Calcutta medical institutions reports 1871-78
Year: 1871
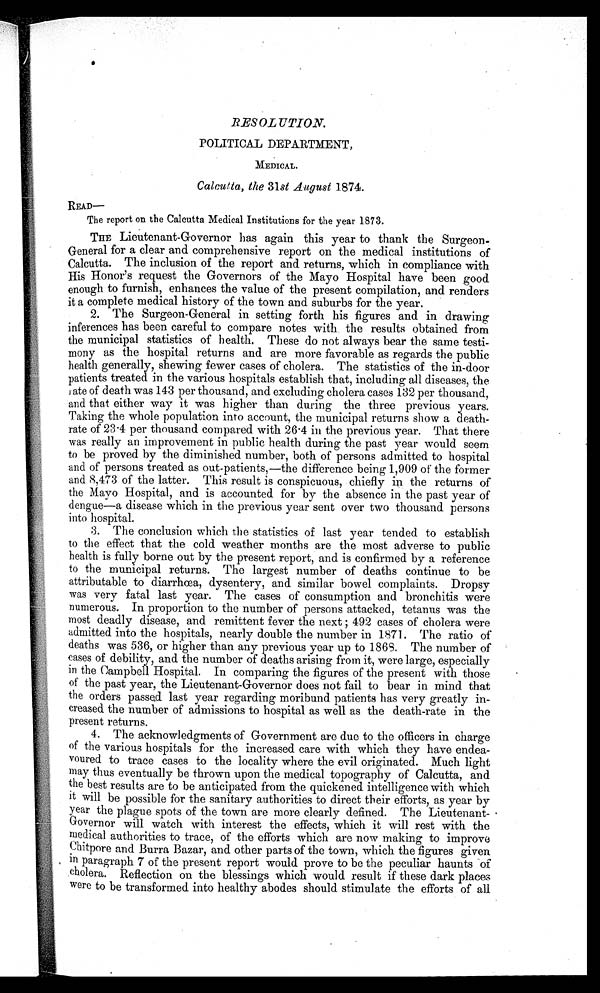
RESOLUTION.
POLITICAL DEPARTMENT,
MEDICAL.
Calcutta, the 31st August 1874.
READ—
The report on the Calcutta Medical Institutions for the year 1873.
THE Lieutenant-Governor has again this year to thank the Surgeon-
General for a clear and comprehensive report on the medical institutions of
Calcutta. The inclusion of the report and returns, which in compliance with
His Honor's request the Governors of the Mayo Hospital have been good
enough to furnish, enhances the value of the present compilation, and renders
it a complete medical history of the town and suburbs for the year.
2. The Surgeon-General in setting forth his figures and in drawing
inferences has been careful to compare notes with the results obtained from
the municipal statistics of health. These do not always bear the same testi-
mony as the hospital returns and are more favorable as regards the public
health generally, shewing fewer cases of cholera. The statistics of the in-door
patients treated in the various hospitals establish that, including all diseases, the
ate of death was 143 per thousand, and excluding cholera cases 132 per thousand,
and that either way it was higher than during the three previous years.
Taking the whole population into account, the municipal returns show a death-
rate of 23.4 per thousand compared with 26.4 in the previous year. That there
was really an improvement in public health during the past year would seem
to be proved by the diminished number, both of persons admitted to hospital
and of persons treated as out-patients,—the difference being 1,909 of the former
and 8,473 of the latter. This result is conspicuous, chiefly in the returns of
the Mayo Hospital, and is accounted for by the absence in the past year of
dengue—a disease which in the previous year sent over two thousand persons
into hospital.
3. The conclusion which the statistics of last year tended to establish
to the effect that the cold weather months are the most adverse to public
health is fully borne out by the present report, and is confirmed by a reference
to the municipal returns. The largest number of deaths continue to be
attributable to diarrhœa, dysentery, and similar bowel complaints. Dropsy
was very fatal last year. The cases of consumption and bronchitis were
numerous. In proportion to the number of persons attacked, tetanus was the
most deadly disease, and remittent fever the next ;492 cases of cholera were
admitted into the hospitals, nearly double the numer in 1871. The ratio of
deaths was 536, or higher than any previous year up to 1868. The number of
cases of debility, and the number of deaths arising from it, were large, especially
in the Campbell Hospital. In comparing the figures of the present with those
of the past year, the Lieutenant-Governor does not fail to bear in mind that
the orders passed last year regarding moribund patients has very greatly in-
creased the number of admissions to hospital as well as the death-rate in the
present returns.
4. The acknowledgments of Government are due to the officers in charge
of the various hospitals for the increased care with which they have endea-
voured to trace cases to the locality where the evil originated. Much light
may thus eventually be thrown upon the medical topography of Calcutta, and
the best results are to be anticipated from the quickened intelligence with which
it will be possible for the sanitary authorities to direct their efforts, as year by
year the plague spots of the town are more clearly defined. The Lieutenant-
Governor will watch with interest the effects, which it will rest with the
medical authorities to trace, of the efforts which are now making to improve
Chitpore and Burra Bazar, and other parts of the town, which the figures given
in paragraph 7 of the present report would prove to be the peculiar haunts of
cholera. Reflection on the blessings which would result if these dark places
were to be transformed into healthy abodes should stimulate the efforts of all